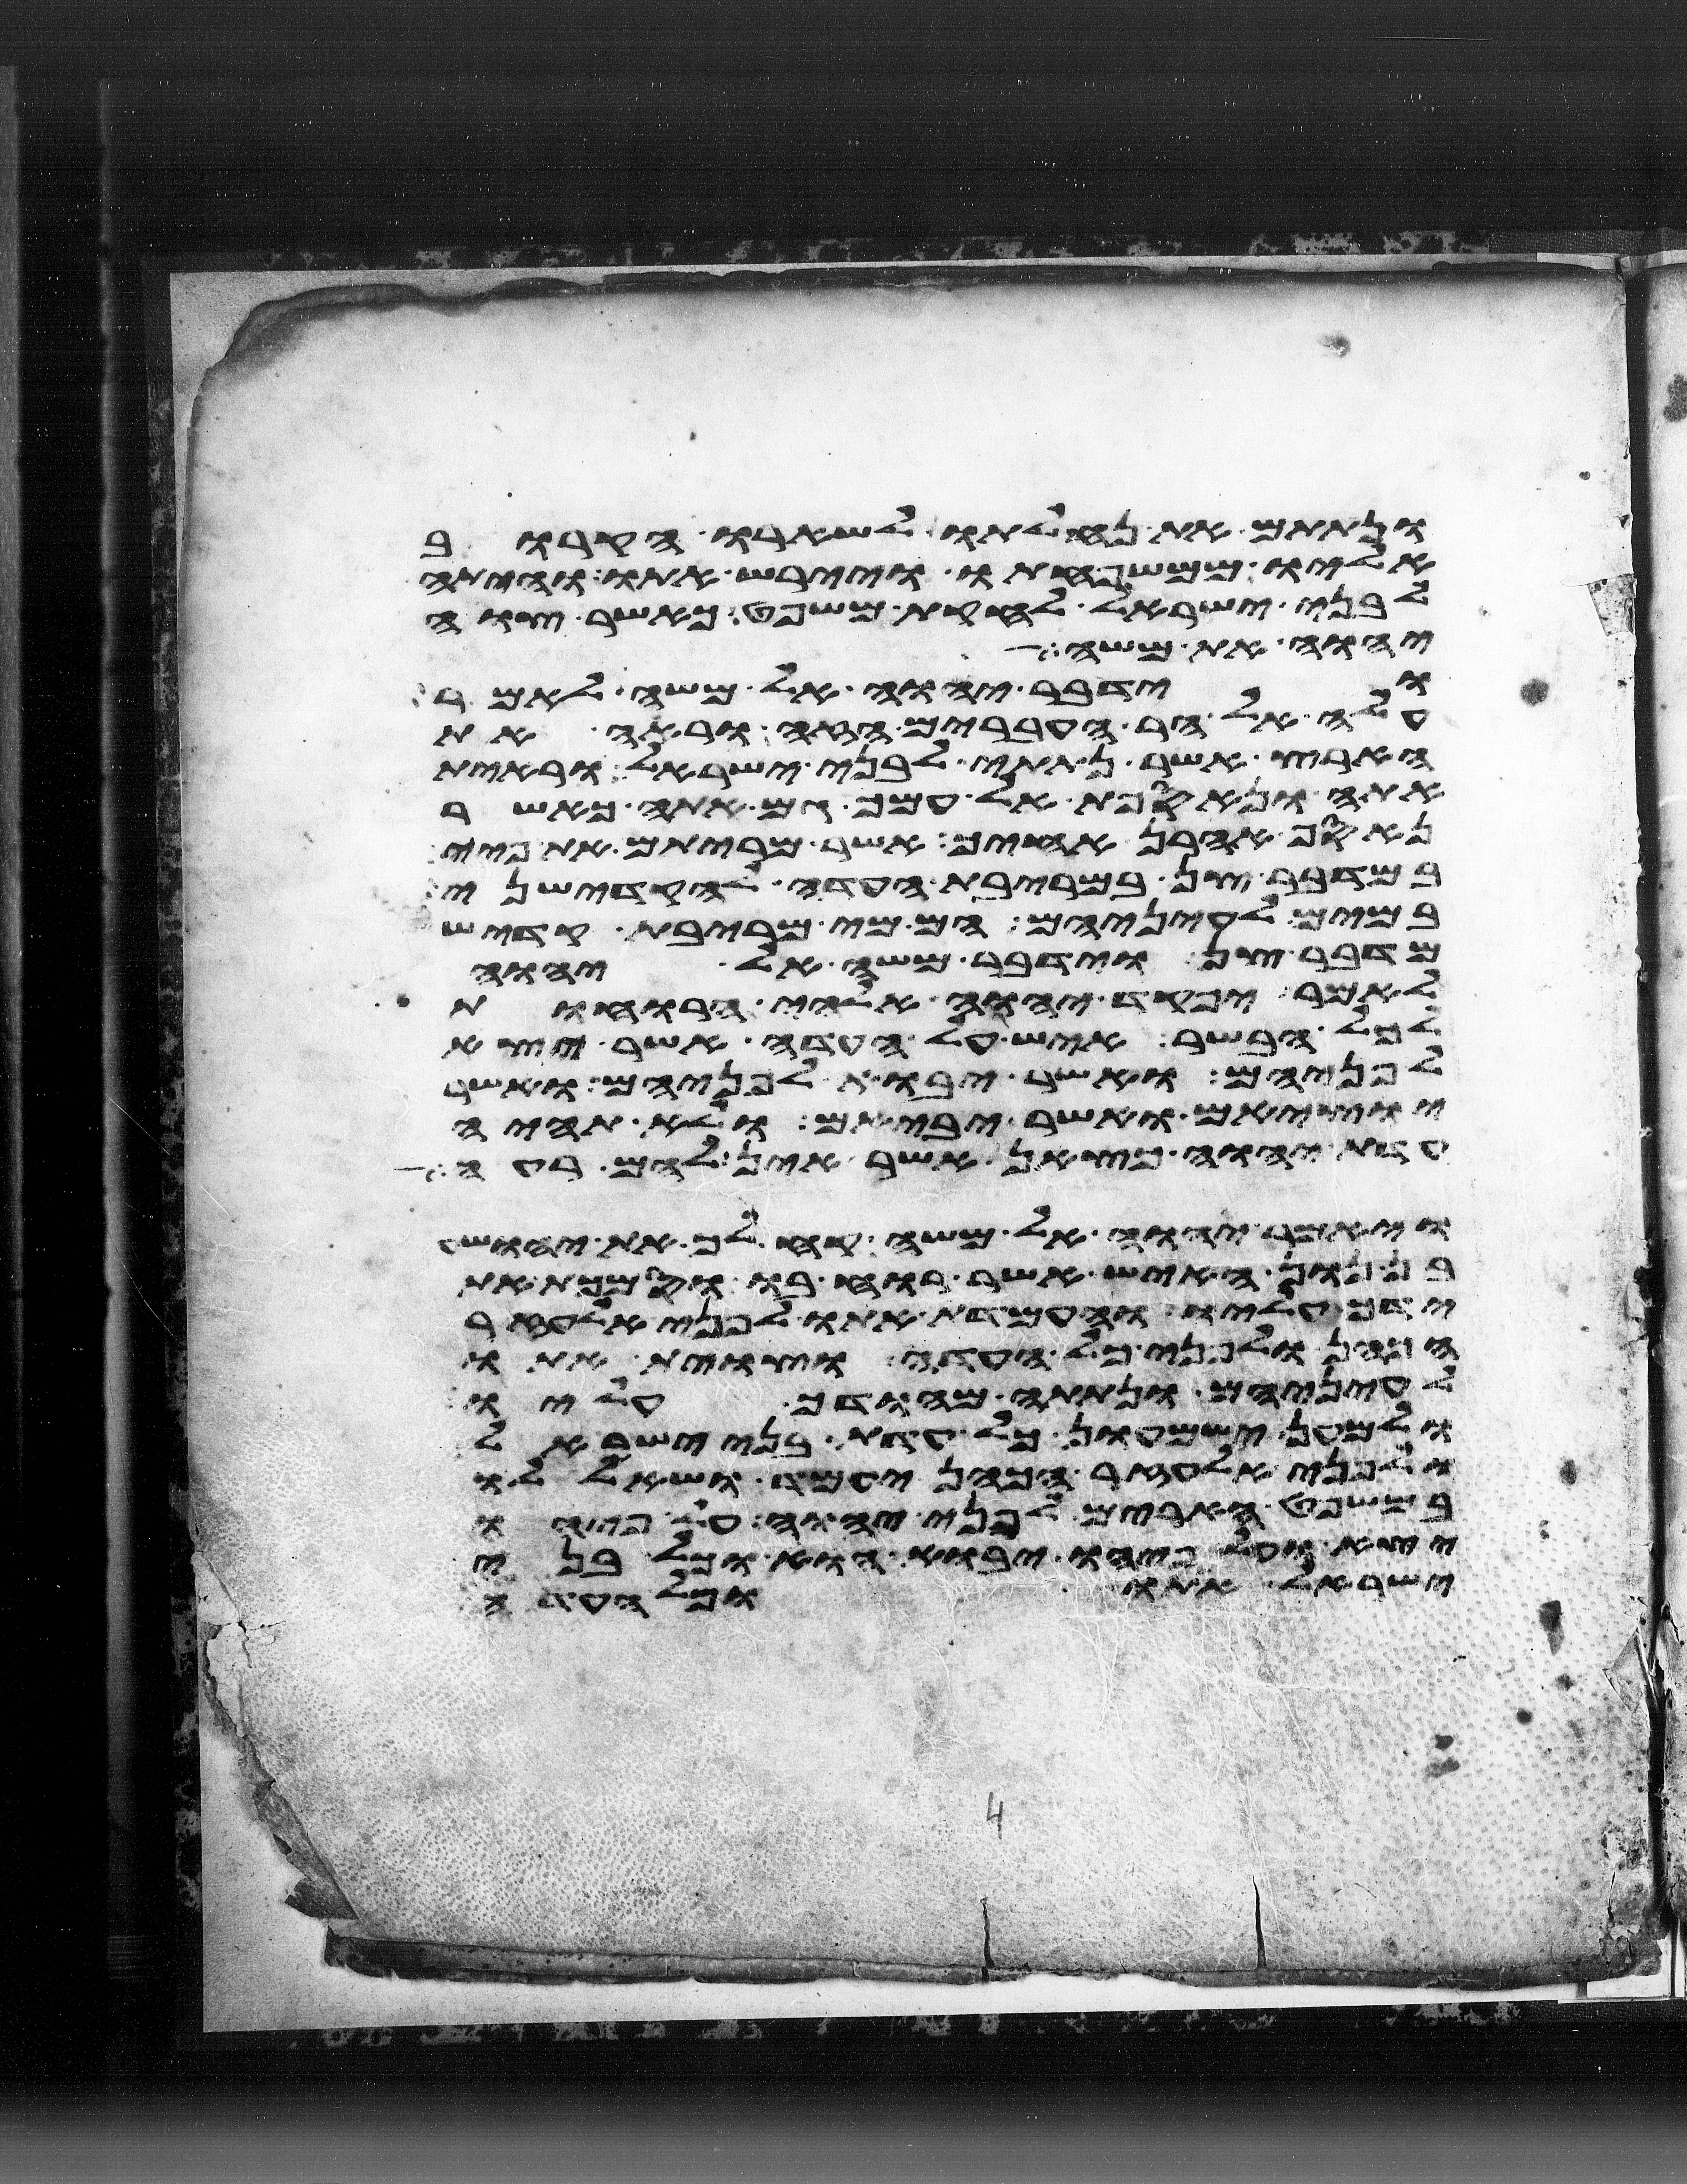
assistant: ונתתם את נחלתו לשארו הקרוב
אליו ממשפחתו ויירש אתו והיתה
לבני ישראל לחקת משפט כאשר צוה
יהוה את משה
וידבר יהוה אל משה לאמר
עלה אל הר העברים הזה וראה את
הארץ אשר נתתי לבני ישראל וראית
אתה ונאספת אל עמך גם אתה כאשר
נאסף אהרן אחיך אשר מריתם את פיי
במדבר צן במריבת העדה להקדישני
במים לעיניהם הם מי מריבת קדש
מדבר צן וידבר משה אל יהוה
לאמר יפקד יהוה אלהי הרוחות
לכל הבשר איש על העדה אשר יצא
לפניהם ואשר יבוא לפניהם ואשר
יוציאם ואשר יביאם ולא תהיה
עדת יהוה כצאן אשר אין להם רעה
ויאמר יהוה אל משה קח לך את יהושע
בן נון האיש אשר רוחו בו וסמכת את
ידך עליו והעמדת אתו לפני אלעזר
הכהן ולפני כל העדה וצוית אתו
לעיניהם ונתתה מהודך עליו
ולמען ישמעון כל עדת בני ישראל
ולפני אלעזר הכהן יעמד ושאל לו
במשפט הארים לפני יהוה על פיהו
יצא ועל פיהו יבוא הוא וכל בני
ישראל אתו וכל העדה